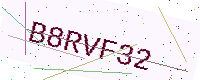
Text: B8RVF32